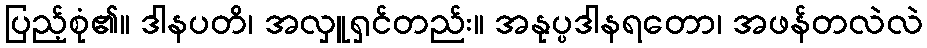
ပြည့်စုံ၏။ ဒါနပတိ၊ အလှူရှင်တည်း။ အနုပ္ပဒါနရတော၊ အဖန်တလဲလဲ